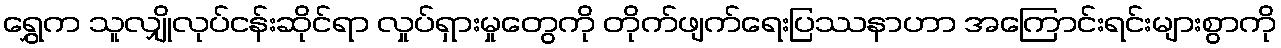
ရွှေက သူလျှိုလုပ်ငန်းဆိုင်ရာ လှုပ်ရှားမှုတွေကို တိုက်ဖျက်ရေးပြဿနာဟာ အကြောင်းရင်းများစွာကို